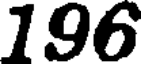
196